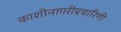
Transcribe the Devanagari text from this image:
काशीनागरीप्रचारिणी